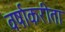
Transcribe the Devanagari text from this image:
वर्षाकरीता